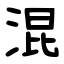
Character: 混